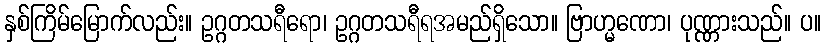
နှစ်ကြိမ်မြောက်လည်း။ ဥဂ္ဂတသရီရော၊ ဥဂ္ဂတသရီရအမည်ရှိသော။ ဗြာဟ္မဏော၊ ပုဏ္ဏားသည်။ ပ။